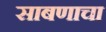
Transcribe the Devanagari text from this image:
साबणाचा